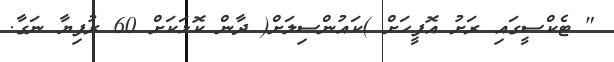
" ޓެކްސީގައި ރަށު އޮފީހަށް )ކައުންސިލަށް( ދާން ކޮޅަކަށް 60 ރުފިޔާ ނަގާ.